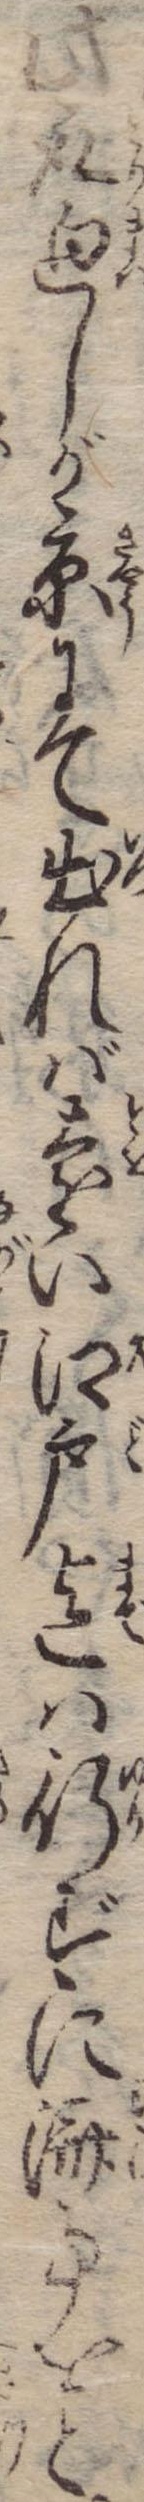
此取廻しが京にて出れば遠い江戸迄は行ずに済事をと